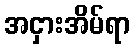
အငှားအိမ်ရာ